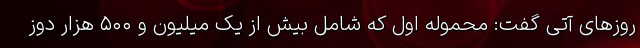
روزهای آتی گفت: محموله اول که شامل بیش از یک میلیون و ۵۰۰ هزار دوز